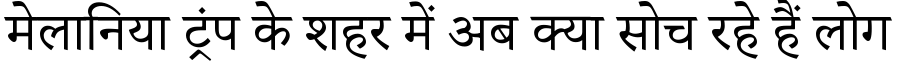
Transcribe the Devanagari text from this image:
मेलानिया ट्रंप के शहर में अब क्या सोच रहे हैं लोग